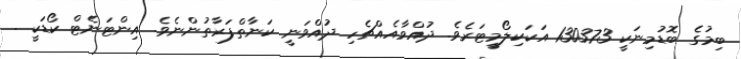
ބިމުގެ ބޮޑުމިނަކީ 130373 އަކަކިލޯމީޓަރެވެ. ދުއްވާއެއްޗެހި ދުއްވަނީ ކަނާތްފަރާތުންނެވެ. އިންޓަނެޓް ކޯޑަކީ .